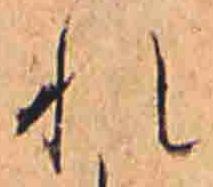
れ